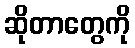
ဆိုတာတွေကို